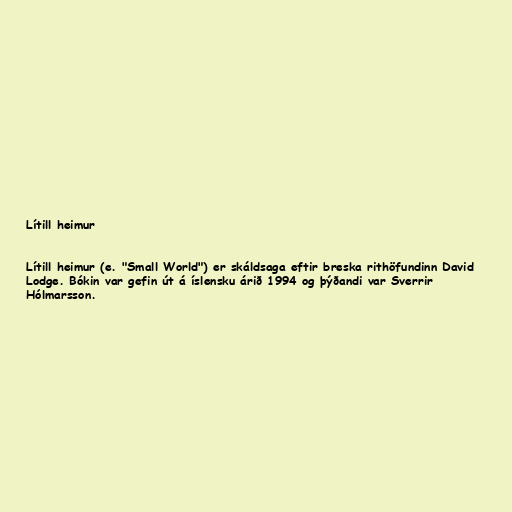
Lítill heimur

Lítill heimur (e. "Small World") er skáldsaga eftir breska rithöfundinn David
Lodge. Bókin var gefin út á íslensku árið 1994 og þýðandi var Sverrir
Hólmarsson.